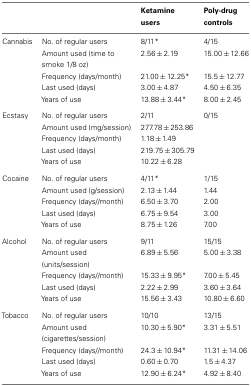
| <COLSPAN=2>  | Ketamine users | Poly-drug controls |
 | --- | --- | --- | --- |
 | Cannabis | No. of regular users | 8/11* | 4/15 |
 |  | Amount used (time to smoke 1/8 oz) | 2.56 ± 2.19 | 15.00 ± 12.66 |
 |  | Frequency (days/month) | 21.00 ± 12.25* | 15.5 ± 12.77 |
 |  | Last used (days) | 3.00 ± 4.87 | 4.50 ± 6.35 |
 |  | Years of use | 13.88 ± 3.44* | 8.00 ± 2.45 |
 | Ecstasy | No. of regular users | 2/11 | 0/15 |
 |  | Amount used (mg/session) | 277.78 ± 253.86 |  |
 |  | Frequency (days/month) | 1.18 ± 1.49 |  |
 |  | Last used (days) | 219.75 ± 305.79 |  |
 |  | Years of use | 10.22 ± 6.28 |  |
 | Cocaine | No. of regular users | 4/11* | 1/15 |
 |  | Amount used (g/session) | 2.13 ± 1.44 | 1.44 |
 |  | Frequency (days//month) | 6.50 ± 3.70 | 2.00 |
 |  | Last used (days) | 6.75 ± 9.54 | 3.00 |
 |  | Years of use | 8.75 ± 1.26 | 7.00 |
 | Alcohol | No. of regular users | 9/11 | 15/15 |
 |  | Amount used (units/session) | 6.89 ± 5.56 | 5.00 ± 3.38 |
 |  | Frequency (days//month) | 15.33 ± 9.95* | 7.00 ± 5.45 |
 |  | Last used (days) | 2.22 ± 2.99 | 3.60 ± 3.64 |
 |  | Years of use | 15.56 ± 3.43 | 10.80 ± 6.60 |
 | Tobacco | No. of regular users | 10/10 | 13/15 |
 |  | Amount used (cigarettes/session) | 10.30 ± 5.90* | 3.31 ± 5.51 |
 |  | Frequency (days//month) | 24.3 ± 10.94* | 11.31 ± 14.06 |
 |  | Last used (days) | 0.60 ± 0.70 | 1.5 ± 4.37 |
 |  | Years of use | 12.90 ± 6.24* | 4.92 ± 8.40 |